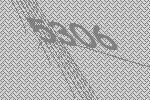
5306